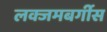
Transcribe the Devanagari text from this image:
लक्जमबर्गीस